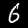
Digit: 6